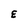
Character: E